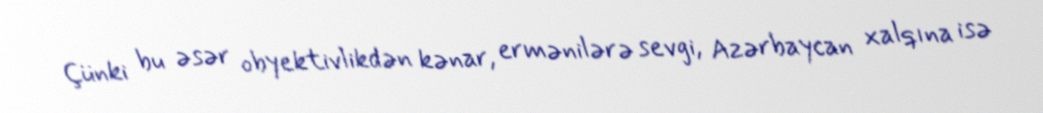
Çünki bu əsər obyektivlikdən kənar, ermənilərə sevgi, Azərbaycan xalqına isə